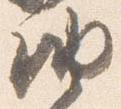
納